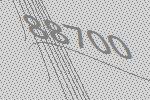
88700